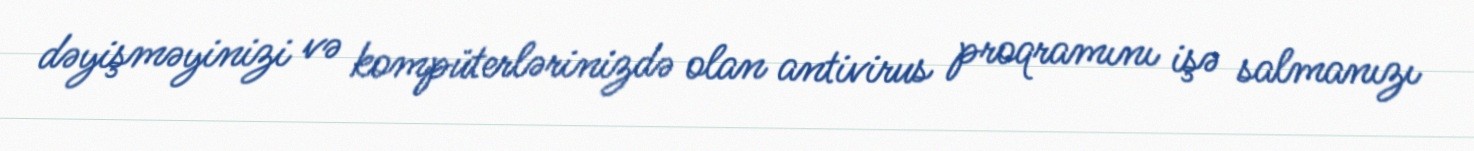
dəyişməyinizi və kompüterlərinizdə olan antivirus proqramını işə salmanızı